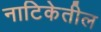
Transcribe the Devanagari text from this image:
नाटिकेतील